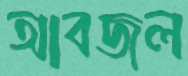
আবজল